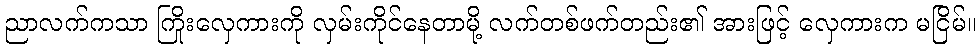
ညာလက်ကသာ ကြိုးလှေကားကို လှမ်းကိုင်နေတာမို့ လက်တစ်ဖက်တည်း၏ အားဖြင့် လှေကားက မငြိမ်။